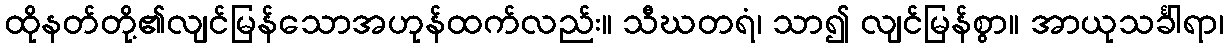
ထိုနတ်တို့၏လျင်မြန်သောအဟုန်ထက်လည်း။ သီဃတရံ၊ သာ၍ လျင်မြန်စွာ။ အာယုသင်္ခါရာ၊